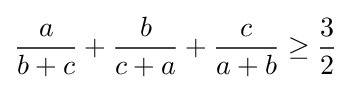
{\frac {a}{b+c}}+{\frac {b}{c+a}}+{\frac {c}{a+b}}\geq {\frac {3}{2}}